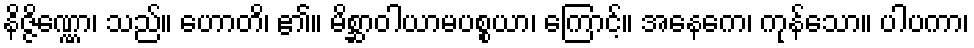
နိဇ္ဇိဏ္ဏော၊ သည်။ ဟောတိ၊ ၏။ မိစ္ဆာဝါယာမပစ္စယာ၊ ကြောင့်။ အနေကေ၊ ကုန်သော။ ပါပကာ၊